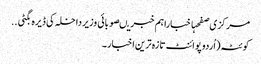
مرکزی صفحہاخباراہم خبریںصوبائی وزیرداخلہ کی ڈیرہ بگٹی ..
کوئٹہ(اُردو پوائنٹ تازہ ترین اخبار۔